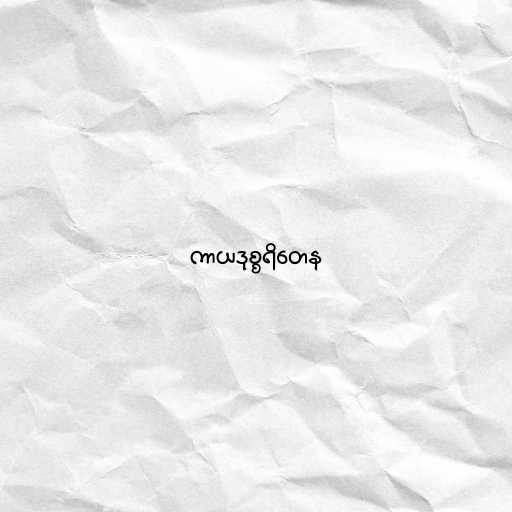
ကာယဒုစ္စရိတေန